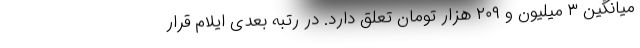
میانگین ۳ میلیون و ۲۰۹ هزار تومان تعلق دارد. در رتبه بعدی ایلام قرار